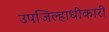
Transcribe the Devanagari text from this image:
उपजिल्हाधीकारी